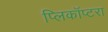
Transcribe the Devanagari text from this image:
प्लिकॉप्टरा